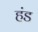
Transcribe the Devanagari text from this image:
हंड